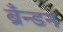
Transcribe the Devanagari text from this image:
ब्रँन्डन